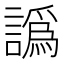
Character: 譌